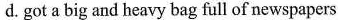
d.got a big and heavy bag full of newspapers